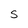
Character: S